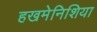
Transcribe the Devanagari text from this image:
हखमेनिशिया